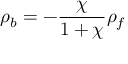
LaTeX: \rho _ { b } = - { \frac { \chi } { 1 + \chi } } \rho _ { f }